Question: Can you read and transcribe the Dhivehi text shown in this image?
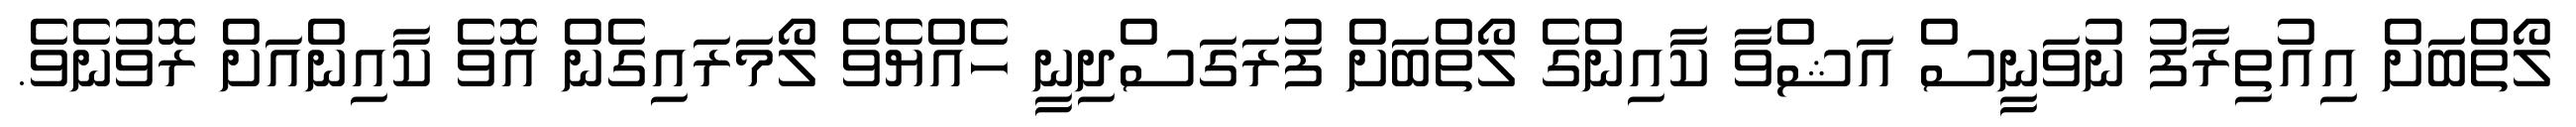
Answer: ލޯތްބަށް އިއުތިރާފު ނުވަނީސް އަޝްވާ ކާއިންގެ ލޯތްބަށް ފުރަގަސްދިނީ ހެއްޔެވެ ލޯމަރައިގެން އޮވެ ކާއިންއަށް ރޮވުނެވެ.